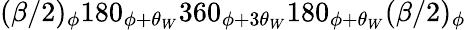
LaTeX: (\beta/2)_{\phi}180_{\phi+\theta_{W}}360_{\phi+3\theta_{W}}180_{\phi+\theta_{W}}(\beta/2)_{\phi}